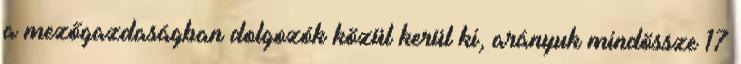
a mezőgazdaságban dolgozók közül kerül ki, arányuk mindössze 17